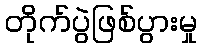
တိုက်ပွဲဖြစ်ပွားမှု